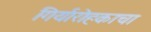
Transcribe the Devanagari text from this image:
गिर्यारोहकाचा